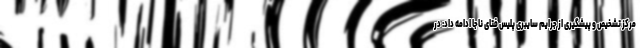
مرکز تشخیص و پیشگیری از جرایم سایبری پلیس فتای ناجا ادامه داد: در